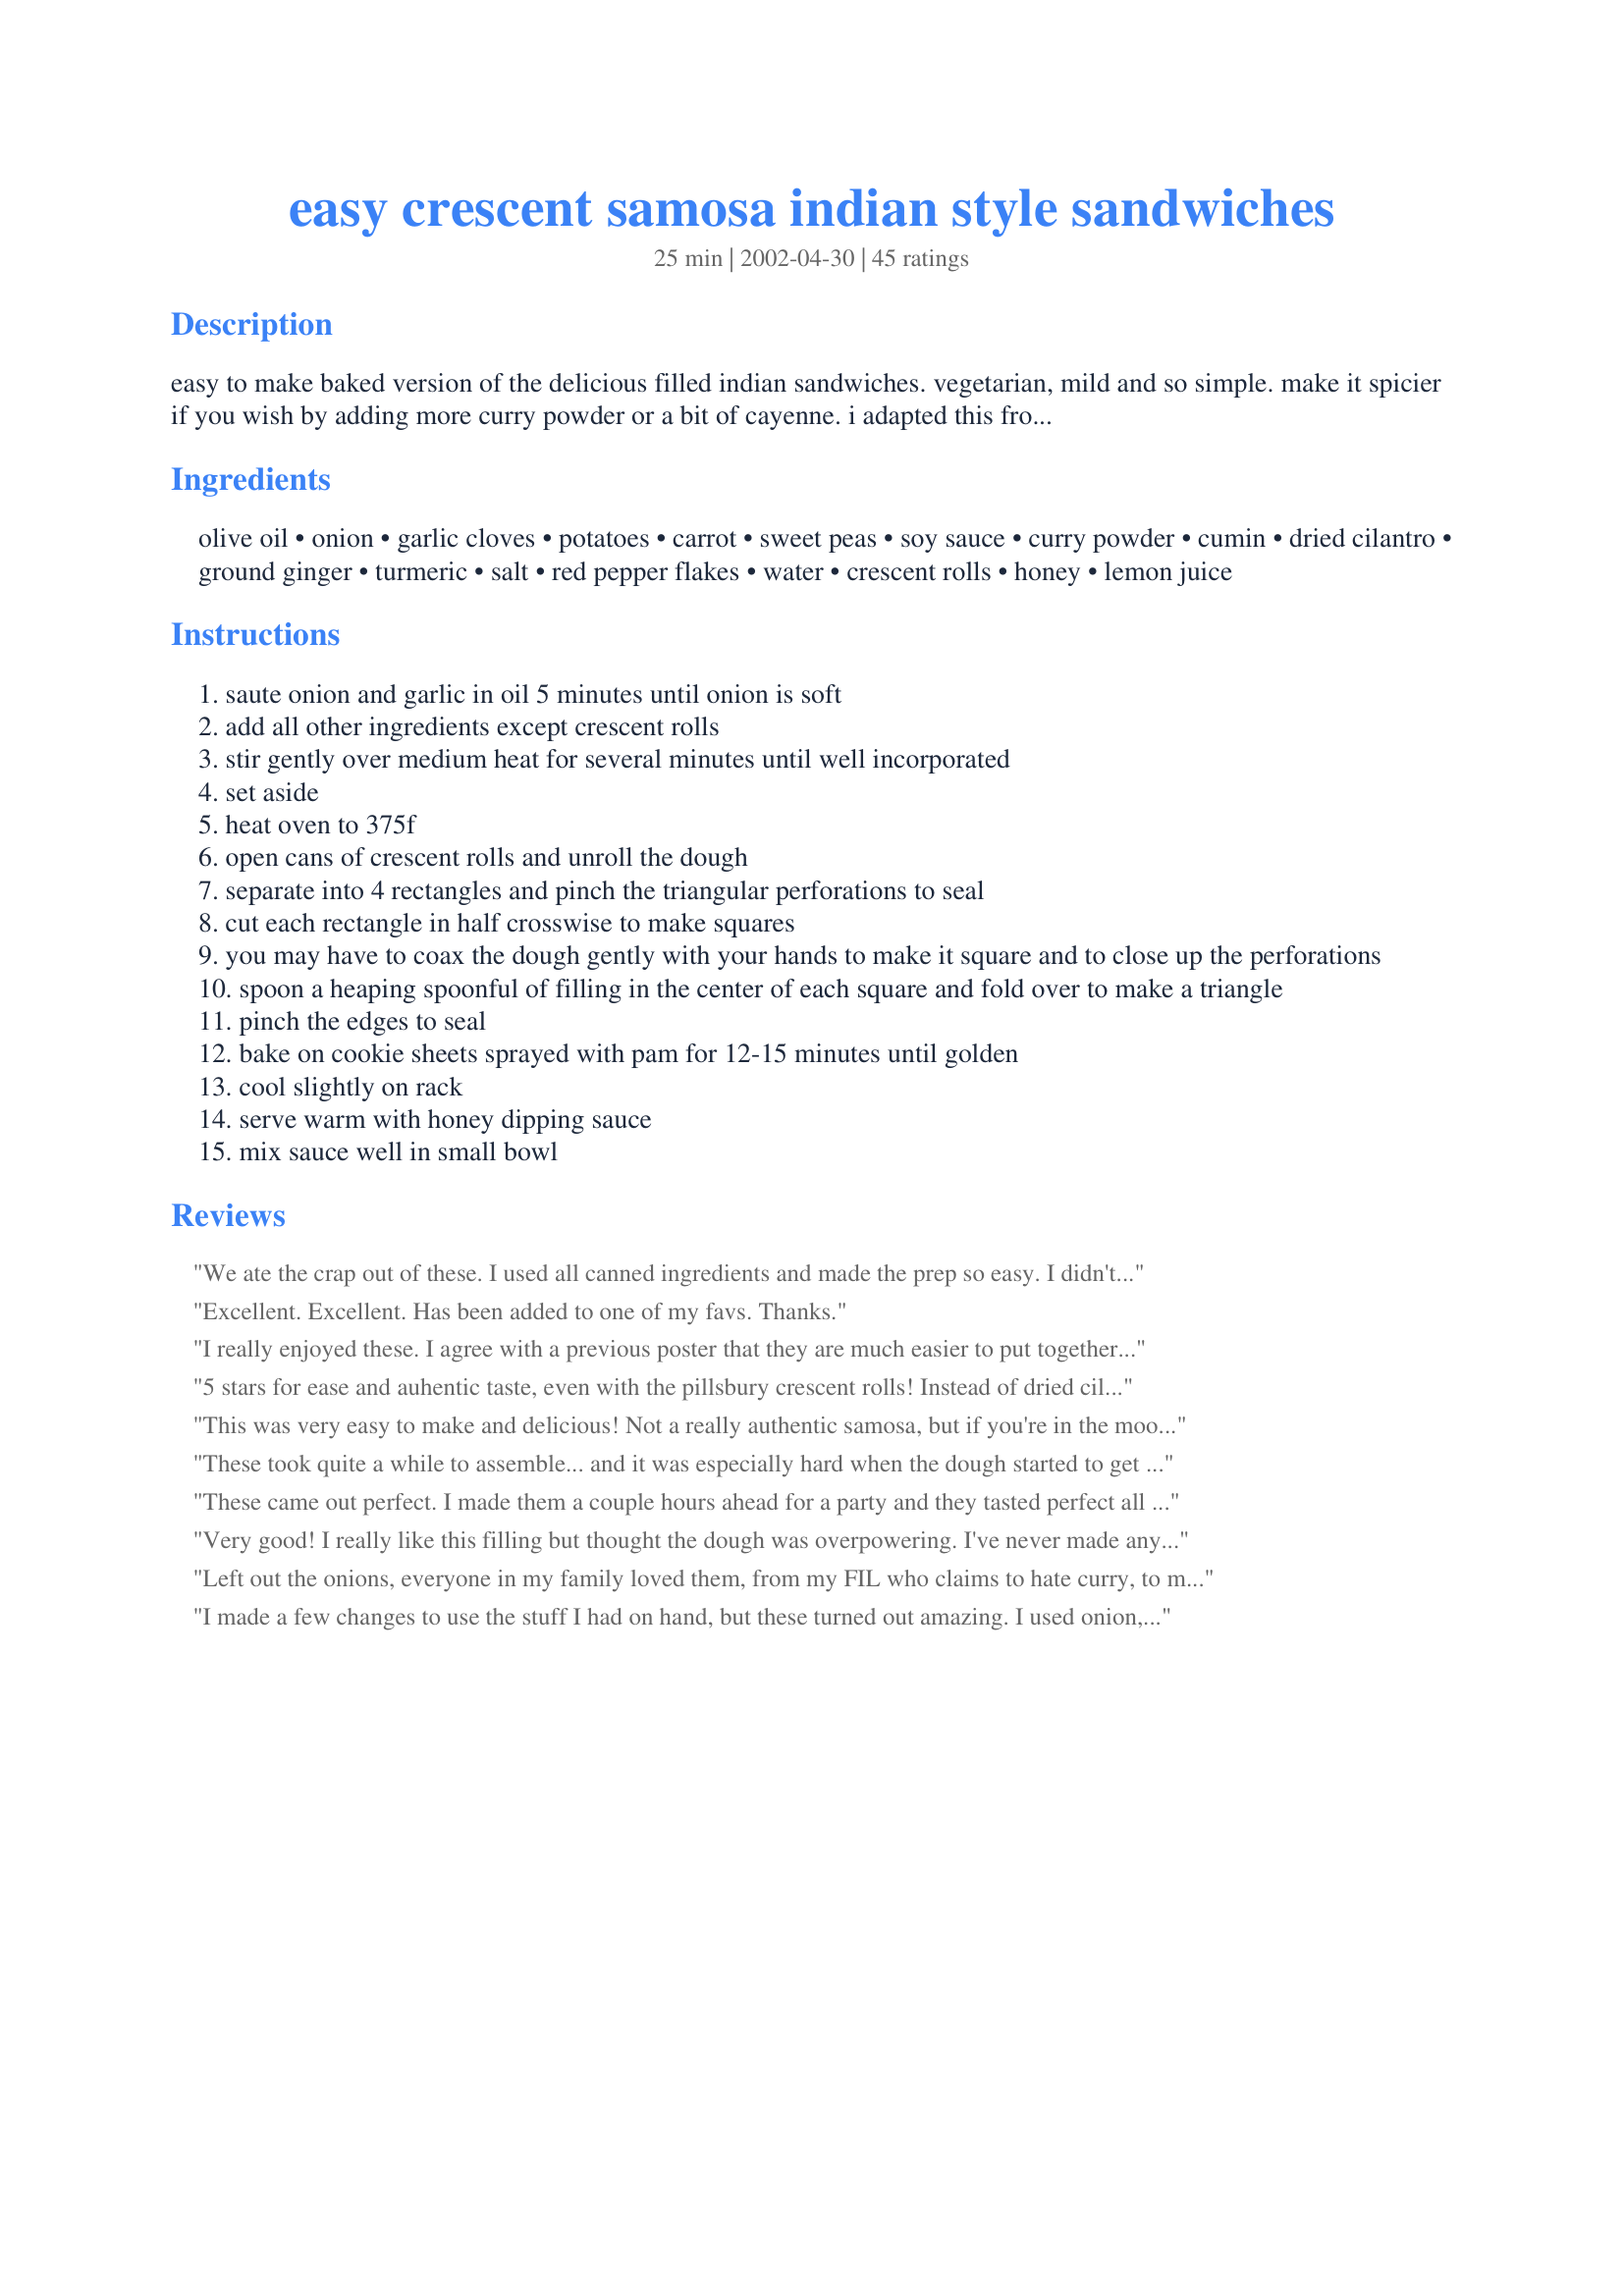
easy crescent samosa indian style sandwiches
Preparation time: 25 minutes

easy to make baked version of the delicious filled indian sandwiches. vegetarian, mild and so simple. make it spicier if you wish by adding more curry powder or a bit of cayenne. i adapted this from a pillsbury bake-off winning recipe. great snack, appetizer, or main dish! serve with this yummy honey sauce!

Ingredients:
olive oil, onion, garlic cloves, potatoes, carrot, sweet peas, soy sauce, curry powder, cumin, dried cilantro, ground ginger, turmeric, salt, red pepper flakes, water, crescent rolls, honey, lemon juice

Steps:
saute onion and garlic in oil 5 minutes until onion is soft
add all other ingredients except crescent rolls
stir gently over medium heat for several minutes until well incorporated
set aside
heat oven to 375f
open cans of crescent rolls and unroll the dough
separate into 4 rectangles and pinch the triangular perforations to seal
cut each rectangle in half crosswise to make squares
you may have to coax the dough gently with your hands to make it square and to close up the perforations
spoon a heaping spoonful of filling in the center of each square and fold over to make a triangle
pinch the edges to seal
bake on cookie sheets sprayed with pam for 12-15 minutes until golden
cool slightly on rack
serve warm with honey dipping sauce
mix sauce well in small bowl

Reviews:
We ate the crap out of these. I used all canned ingredients and made the prep so easy. I didn't try the sauce which didn't sound good to me. But it was great with a store bought tomato chutney and some plain yogurt. Thanks for posting!
Excellent. Excellent. Has been added to one of my favs.
Thanks.
I really enjoyed these. I agree with a previous poster that they are much easier to put together when the dough is still chilled - I did one batch with dough that had sat in a warm kitchen for about ten minuets, and one with the dough fresh out of the fridge, and the chilled dough looked better and was easier to close. Taste wise they left a pleasant warmth in my mouth without being too hot, and the dipping sauce added a nice sweetness to it.
5 stars for ease and auhentic taste, even with the pillsbury crescent rolls! Instead of dried cilantro, I used fresh and added it to the sauce at the end. We topped it with cilantro lime chutney instead of the honey sauce. We'll have this again!
This was very easy to make and delicious! Not a really authentic samosa, but if you're in the mood for Indian-type food this will satisfying your craving! I personally did not think the dipping sauce suited the samosas, as it overpowered the flavor of the lovely samosas. Instead I took plain yogurt, added leftover chopped cilantro, salt, pepper and a touch of honey for dipping the samosas. I will be making this again, thank you for a lovely recipe!
These took quite a while to assemble... and it was especially hard when the dough started to get warm. The flavor was great though. Thanks.
These came out perfect. I made them a couple hours ahead for a party and they tasted perfect all night. Unfortunately I somehow forgot to put in the cilantro (which is one of my favourite herbs :( ) but they still tasted perfect.
Very good! I really like this filling but thought the dough was overpowering. I've never made anything like this before and might try using your filling again in another way. Thanks so much for posting.
Left out the onions, everyone in my family loved them, from my FIL who claims to hate curry, to my 2 year old, to my carnitarian boyfriend. I've already been asked to make them again!
I made a few changes to use the stuff I had on hand, but these turned out amazing. I used onion, carrot and celery and sauted that till cooked. I added around 1 1/2 cups of mashed sweet potato. I followed the spices as listed, except I cut the soy sauce back to 2 tbsp. I used wonton wrappers to seal the filling in and fried them in a bit of olive oil. I loved them and my kids ate a whole bunch. I'll definitely make these again!
Thank you for posting this recipe. It was easy and delicious. The flavor of the filling was spot on. We did not make the dipping sauce and opted for a store-bought chutney. I will definitely be making these again and again and again....
My mom made these last night per my suggestion and they turned out pretty good. I think a homemade fried shell would have tasted better, and we ended up dumping the honey sauce because it was too sweet. We may make this again, but would need to find a better dipping sauce (indian restaurants typically have chutney accompanying it so may give that a try).
Better than having no samosa.
These were really excellent. Not exactly authentic but a great way to introduce the lovely flavors of India to someone. I did use fresh ginger & cilantro instead of the dried, and cumin seed instead of ground cumin. These samosas were enjoyed by all, inclding my 11 year old nephw who asked that I give his mom the recipe (lol). Thank you SaraFish for sharing the recipe.
My husband and I liked these a lot. My husband ate 12 in one sitting! Thanks for the recipe. We had filling left over that I ate with rice and it was good that way too.
This is the second time making these wonderful samoas. This time I tried using a rolling pin to flatten out the dough (ha, ha, lots of fun). The seasonings are right on! yum.
I thought this was very good, and easy! I made a whole night out of Indian food, and this is the recipe I'll actuailly make again!
We really enjoyed these. Super easy to make and great as leftovers as well.
Who would have thought of making samosas in crescent roll dough? These are a big hit -- the filling is spot-on, and the crescent roll dough makes them so easy. So what if it's not traditional? I also like that they're baked instead of fried. Daughter loves them in her lunchbox -- they're as good cold as hot! I didn't make the sauce, only the samosas -- they didn't seem to need dipping at all.
These samosas were a hit at my Movie Club meeting last night! The only change I made was to use dried coriander rather than cilantro as I couldn't find dried cilantro at the supermarket. I adjusted the spices a bit to taste--the end result was a batch of delightful buttery pockets stuffed with delicious spiced vegetable filling! Sure, they aren't "traditional", but they are a great and relatively easy-to-make treat that evokes the flavors of Indian cuisine.
These were incredible, tasted exactly like a samosa I had before at a cafe. This is my first samosa recipe I have tried and I'm sticking with this one! I omitted the dried cilantro and used a handful of fresh instead and used canned sweet peas..outstanding!! This will be a favorite in my house. Thanks so much for posting this Sarafish!!
This was quite good, I did change it a bit, just cut back on some of the spices as the person I was making it for can&#039;t have too may spices. I also used home made soy type of sauce, as again he can&#039;t have soy.&lt;br/&gt;They were easy to make, and actually quite filling. Will be making them again.
I really liked this recipe. It seemed kinda funky and I didn't think I would like it, but I did!!! It was easy to make which is a plus. I used the pillsbury dough sheet and cut it into 6 squares then rolled them out to stretch and add more filling. I didn't add carrots but I did the rest as listed. I liked the dipping sauce, but it was a little on the sweet side. i ended up adding a few squirts of siracha hot sauce to it for added flavor. I would probably make this again, but I am exicted to tweak it more to my taste.
This was very quick, very simple and just a travesty. I got through one bite because it was mostly just crescent with a bit of flavor from the spicing, Only reason I was able to down a second bite was because of the dipping sauce which was quite excellent.I went over the recipe 3 times to make sure I did it right. I recommend finding a recipe without shortcuts, take the time and make some delicious.
Quite good. I didn't have carrots or peas, but I added some finely chopped green beans. I'm pleased with the flavor of the filling, but the crescent dough was way too buttery to go well. Didn't make the honey dipping sauce since the reviews about it were largely negative.
These were REALLY good! Maybe not exactly 100% authentic ;-) but they tasted fantastic! Thanks! The sauce was pretty good too, but we liked them better with tomato Ketchup, and even having them plain was fine, too! Thanks for the recipe. When we want a samosa fix and dont have a lot of time, this is definitely the way to go! These would be great for a quick last minute party treat!
wow these were good! i didnt make the sauce but ill definitely have to try it next time :)
I must admit, I didn't actually make this filling, but I have to give this 5 stars for concept. This might be the smartest idea anyone has ever had. I saw this recipe and realized that I had a large quantity of leftover lentils that I didn't know what to do with - problem solved! Seasoned, cooked lentils make another tasty filling for these little things, and I'm wondering what else I can stuff in to them as well. :) Sooner or later I'll try it as written, too - I often need a samosa "fix". BTW - has anyone tried these with refrigerated pizza dough?
These were simple, but the flavor of the filling was rather bland, and the crescent rolls were an odd texture for samosas.
These were FANTASTIC! I loved the filling especially. I used canned potatoes and just diced them, which made my life a lot easier and also cut down on the time it took to make these. I also did not have cilantro, so I just omitted it. The spices were still perfectly balanced, I thought. Great Indian-inspired flavor. The crescent rolls were a good substitute for the traditional samosas breading, and also so easy to whip up! Finally, I really enjoyed the sauce. I thought it might have too much honey flavor, but I was wrong; it's perfect and balances the samosa spices perfectly. Thanks so much for this wonderful recipe; I will definitely make it again!
I loved these samosas. The filling was delicious and the honey dipping sauce added just the right amount of sweetness. I didn't have cilantro so I used parsley instead. I didn't like using the crescents, they made the samosa too bready. I would rather use a puff pastry next time, so the filling could shine through a little more.
Excellent flavour combination. I think the secret to making the dough easy to work with is to let the filling cool slightly and keep the dough cool by working with it quickly. I also halved the vegetable amount and made 8 vegetable samosas. I then, browned a 1/3-1/2 lb. of lean ground beef and used the same spices to make the other eight, meat samosas. I also used fresh ginger and coriander as I used to make these many times with a good friend of mine. I remember the fresh ginger taste in hers was wonderful. The powdered works fine, just my personal preference. Many thanks for a great recipe. Now I don't have to wait until I see her for the great taste. Enjoyed by all the family.
My husband loves you for this recipe! It was such an easy alternative to making actual samosas, and for those who had problems with the dough, wait until right before filling the samosas to bring out the dough....these also had a similarity to indian potato pastry puff's.
This is so yummy!! I have to agree that the dough needs to be pretty cold to work with, or it gets a little goopy. I used sweet potatoes instead of regular, and went easy on the cilantro (because I don't care for it.) I also threw in a dash of curry powder. It was delicious! And the honey sauce is just divine. I will make this again and again!
These are stupidly delicious. The crescent roll crust really isn't like a traditional samosa, but it made the preparation for these really easy. The sauce is a fantastic (if a bit sweet) compliment to the filling, which I jazzed up with the addition of garam masala.
Really tasty and very easy for this novice. Only thing - the dough was somewhat hard to work with and my crescents were more like blobs! But they tasted great!
Excellent. I served with Recipe #459252 and Recipe #28774. Somebody at the table at six.
Very, very good. A little prep time intensive for me, but all in all, worth it. Great taste, and just as good the next day. Thanks, Sara, for a great recipe.
Because my family tends to be skeptical of new foods, I offered these up alongside more traditional Indian dishes - and they, at least, were a hit! I cut the honey in the sauce to 1/4 cup and thought it was just about right, not too sweet like some have complained of the 1/3 cup. You do have to make these up quickly - while the dough is still stiff, or they tend to get sort of melty and difficult to handle.
Samosas are fanatastic! The crescent roll shell is more akin to an English meat pie than a traditional samosa, but nevertheless is very good. The only thing my family didn't like was the honey dipping sauce. You'd be better off finding some tamarind paste and making a proper tamarind sauce, or even steak sauce if all else fails.
These are pretty good, and it&#039;s nice how easy they are to make. The buttery dough tastes quite different than regular samosa dough, but it worked. I added a large pinch of garam masala to the filling mixture, used fresh ginger instead of ground, and skipped the dip and served these with cilantro &amp; mango chutneys instead.
The aroma when cooking these was wonderful ,and these were very easy quick and tasty. I used shop bought puff pastry in place of the cresent dough. Also I added less curry powder and instead added some sweet dried paprika, tumeric, gound corriander seed and chopped fresh cilantro to the filling. Great for entertaining and for a snack or entree.
These were very easy to make and had an excellent flavor in the spicing! The dipping sauce was delicious and was as popular as the traditional tamarind and cilantro chutneys. Definitely a keeper. Thanks, Sarafish!
I was asked to make samosas for a family event. I was very anxious because I thought the recipe was going to be difficult. I found this recipe on line and I have to say I got so many compliments. Also, people were asking for the recipe. What a hit!! Thank you!
These were very messy, difficult to form and left us with a lot of leftover filling. We liked the sauce but I don't forsee we'll make these again.
